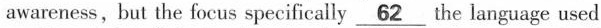
awareness, but the focus specifically \underline{62}the language used